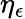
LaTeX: \eta_{\epsilon}